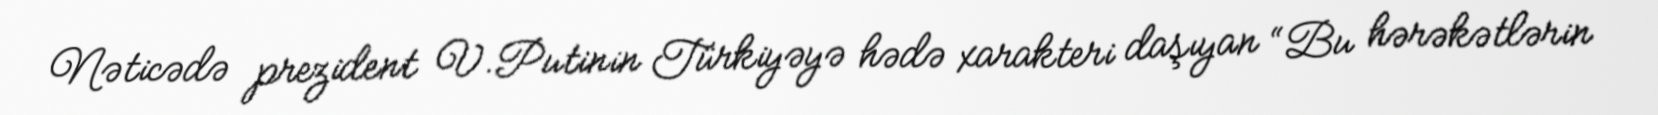
Nəticədə prezident V.Putinin Türkiyəyə hədə xarakteri daşıyan “Bu hərəkətlərin